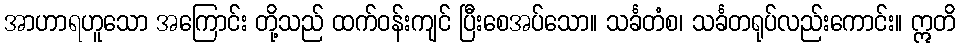
အာဟာရဟူသော အကြောင်း တို့သည် ထက်ဝန်းကျင် ပြီးစေအပ်သော။ သင်္ခတံစ၊ သင်္ခတရုပ်လည်းကောင်း။ ဣတိ